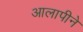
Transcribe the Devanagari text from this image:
आलापीने